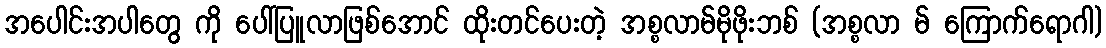
အပေါင်းအပါတွေ ကို ပေါ်ပြူလာဖြစ်အောင် ထိုးတင်ပေးတဲ့ အစ္စလာမ်မိုဖိုးဘစ် (အစ္စလာ မ် ကြောက်ရောဂါ)